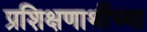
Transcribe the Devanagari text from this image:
प्रशिक्षणार्थीच्या